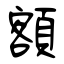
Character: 額